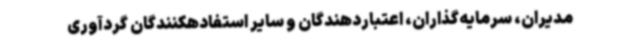
مدیران، سرمایه‌گذاران، اعتباردهندگان و سایر استفادهکنندگان گردآوری